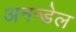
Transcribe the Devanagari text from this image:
अनन्डेल